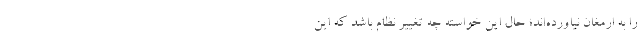
را به ارمغان نیاورده‌اند؛ حال این خواسته چه تغییر نظام باشد که این